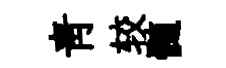
青较髄